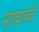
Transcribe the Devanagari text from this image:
नावाच्चे